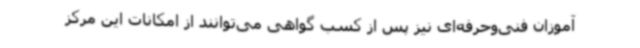
آموزان فنی‌وحرفه‌ای نیز پس از کسب گواهی می‌توانند از امکانات این مرکز